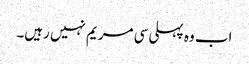
اب وہ پہلی سی مریم نہیں رہیں۔